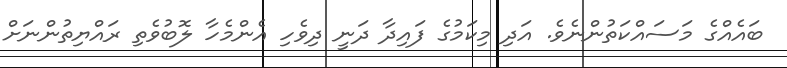
ބައެއްގެ މަސައްކަތުންނެވެ. އަދި މިކަމުގެ ފައިދާ ދަނީ ދިވެހި އެންމެހާ ލޮބުވެތި ރައްޔިތުންނަށް